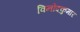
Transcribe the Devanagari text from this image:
विनोदकुमार